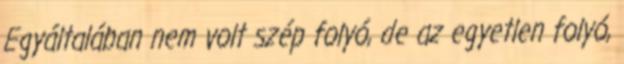
Egyáltalában nem volt szép folyó, de az egyetlen folyó,